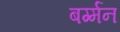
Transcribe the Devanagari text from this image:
बर्ग्मन